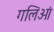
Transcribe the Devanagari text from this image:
गलिओं